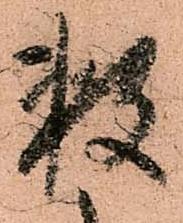
数